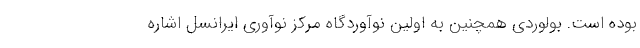
بوده است. بولوردی همچنین به اولین نوآوردگاه مرکز نوآوری ایرانسل اشاره